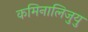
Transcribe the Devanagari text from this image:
कमिनालिजुयु